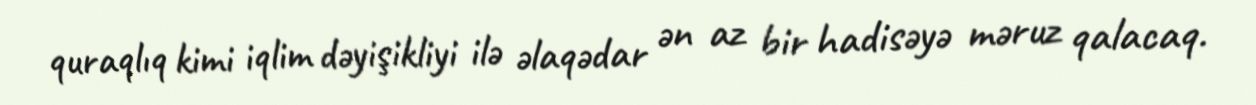
quraqlıq kimi iqlim dəyişikliyi ilə əlaqədar ən az bir hadisəyə məruz qalacaq.